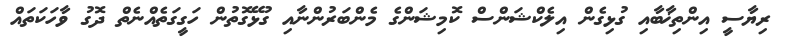
ރިޔާސީ އިންތިޚާބާއި ގުޅިގެން އިލެކްޝަންސް ކޮމިޝަންގެ މެންބަރުންނާއި ގުޅޭގޮތުން ހަގީގަތެއްނެތް ދޮގު ވާހަކަތައް